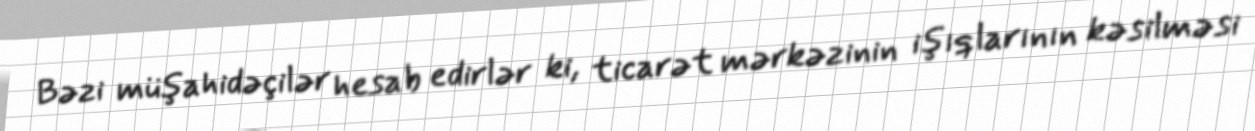
Bəzi müşahidəçilər hesab edirlər ki, ticarət mərkəzinin işıqlarının kəsilməsi